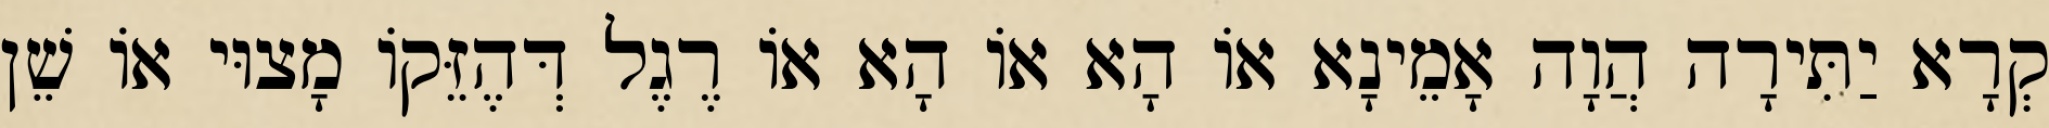
קְרָא יַתִּירָה הֲוָה אָמֵינָא אוֹ הָא אוֹ הָא אוֹ רֶגֶל דְּהֶזֵּקוֹ מָצוּי אוֹ שֵׁן